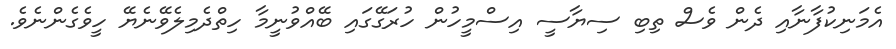
އެމަނިކުފާނާއި ދެން ވެސް ތިބި ސިޔާސީ އިސްމީހުން ހުރަގޭގައި ބޭއްވުނީމާ ހިތްދެމިލެވޭނެޔޭ ހީވެގެންނެވެ.